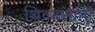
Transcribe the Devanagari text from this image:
शिवदसानी